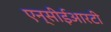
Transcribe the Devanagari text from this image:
एन्सीईआरटी